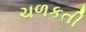
ચળકતી